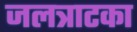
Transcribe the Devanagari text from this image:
जलत्राटका